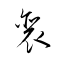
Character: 裵